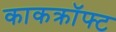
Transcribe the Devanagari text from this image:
काकक्रॉफ्ट